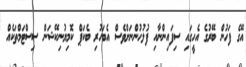
އޭގެ ފަހުން ބޭރުގެ އެހީގައި ސިފައިންނާއި ފުލުހުންނަށްވެސް އެބަހުރި ބެކަޕް ކޮމިޔުނިކޭޝަން ސިސްޓަމްތަކެއް